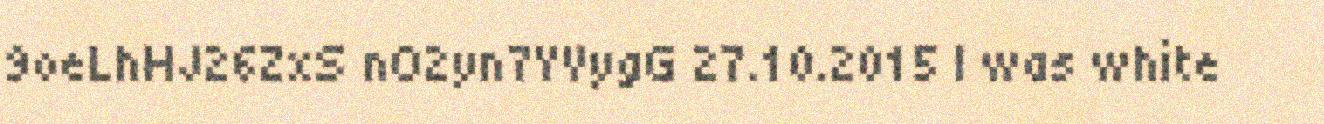
9oeLhHJ26ZxS nO2yn7YVygG 27.10.2015 I was white